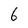
Character: 6